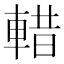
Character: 𮝖